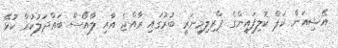
އޭޝިއަން ކަޕް ކޮލިފައިންގެ ޕްރިލިމިނަރީ ބުރުގައި ރާއްޖެ އާއި ލާއޯސް ބައްދަލުކުރާ ކުޅޭ